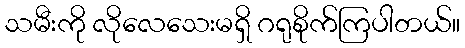
သမီးကို လိုလေသေးမရှိ ဂရုစိုက်ကြပါတယ်။